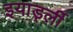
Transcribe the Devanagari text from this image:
इयार्ड्ली